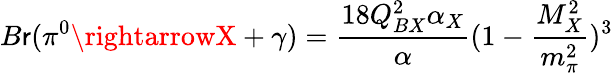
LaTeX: B\mathsf{r}(\pi^{0}\rightarrowX+\gamma)=\frac{{18Q_{BX}^{2}\alpha_{X}}}{{\alpha}}(1-\frac{{M_{X}^{2}}}{{m_{\pi}^{2}}})^{3}